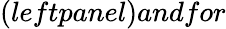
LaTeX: (leftpanel)andfor